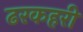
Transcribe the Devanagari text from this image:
ढरकहरी